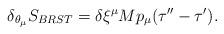
LaTeX: \begin{align*}\delta_{\theta_\mu} {S_{BRST}}=\delta\xi^\mu M p_\mu (\tau''-\tau').\end{align*}